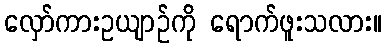
လှော်ကားဥယျာဉ်ကို ရောက်ဖူးသလား။